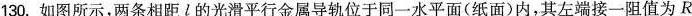
130.如图所示，两条相距l的光滑平行金属导轨位于同一水平面(纸面)内，其左端接一阻值为R